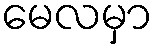
မေလမှာ